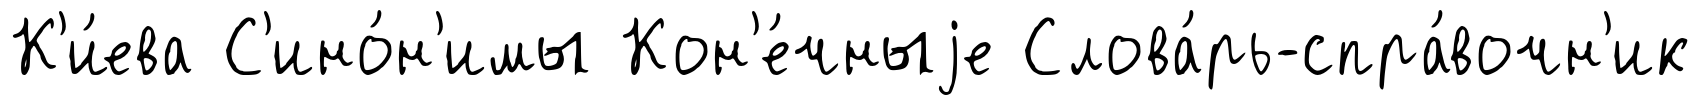
К'и́ева С'ино́н'имы Кон'е́чныjе Слова́рь-спра́вочн'ик